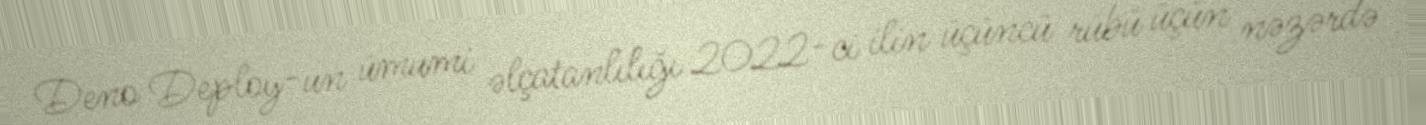
Deno Deploy-un ümumi əlçatanlılığı 2022-ci ilin üçüncü rübü üçün nəzərdə